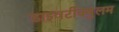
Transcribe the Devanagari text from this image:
डाइवर्टीक्युलम